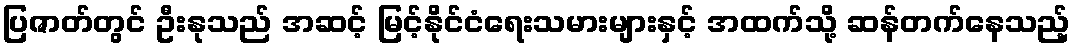
ပြဇာတ်တွင် ဦးနုသည် အဆင့် မြင့်နိုင်ငံရေးသမားများနှင့် အထက်သို့ ဆန်တက်နေသည့်